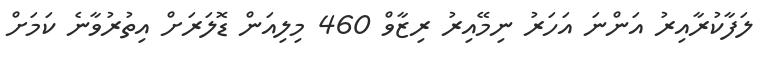
ލަފާކުރާއިރު އަންނަ އަހަރު ނިމޭއިރު ރިޒާވް 460 މިލިއަން ޑޮލަރަށް އިތުރުވާނެ ކަމަށް